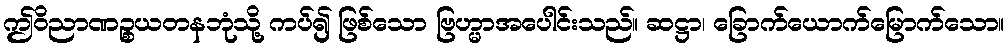
ဤဝိညာဏဉ္စယတနဘုံသို့ ကပ်၍ ဖြစ်သော ဗြဟ္မာအပေါင်းသည်။ ဆဋ္ဌာ၊ ခြောက်ယောက်မြောက်သော။